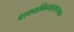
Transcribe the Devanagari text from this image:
वाक्यविन्यासात्मक